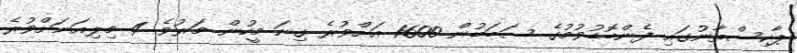
ޕާކިސްތާނުގައި ފެންބޮޑުވުމުގެ ސަބަބުން 1600 އަށްވުރެ ގިނަ މީހުން މަރުވެ 4 މިލިއަނަށްވުރެ